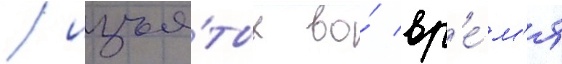
/ изъя́тых во́ вр'е́м'я